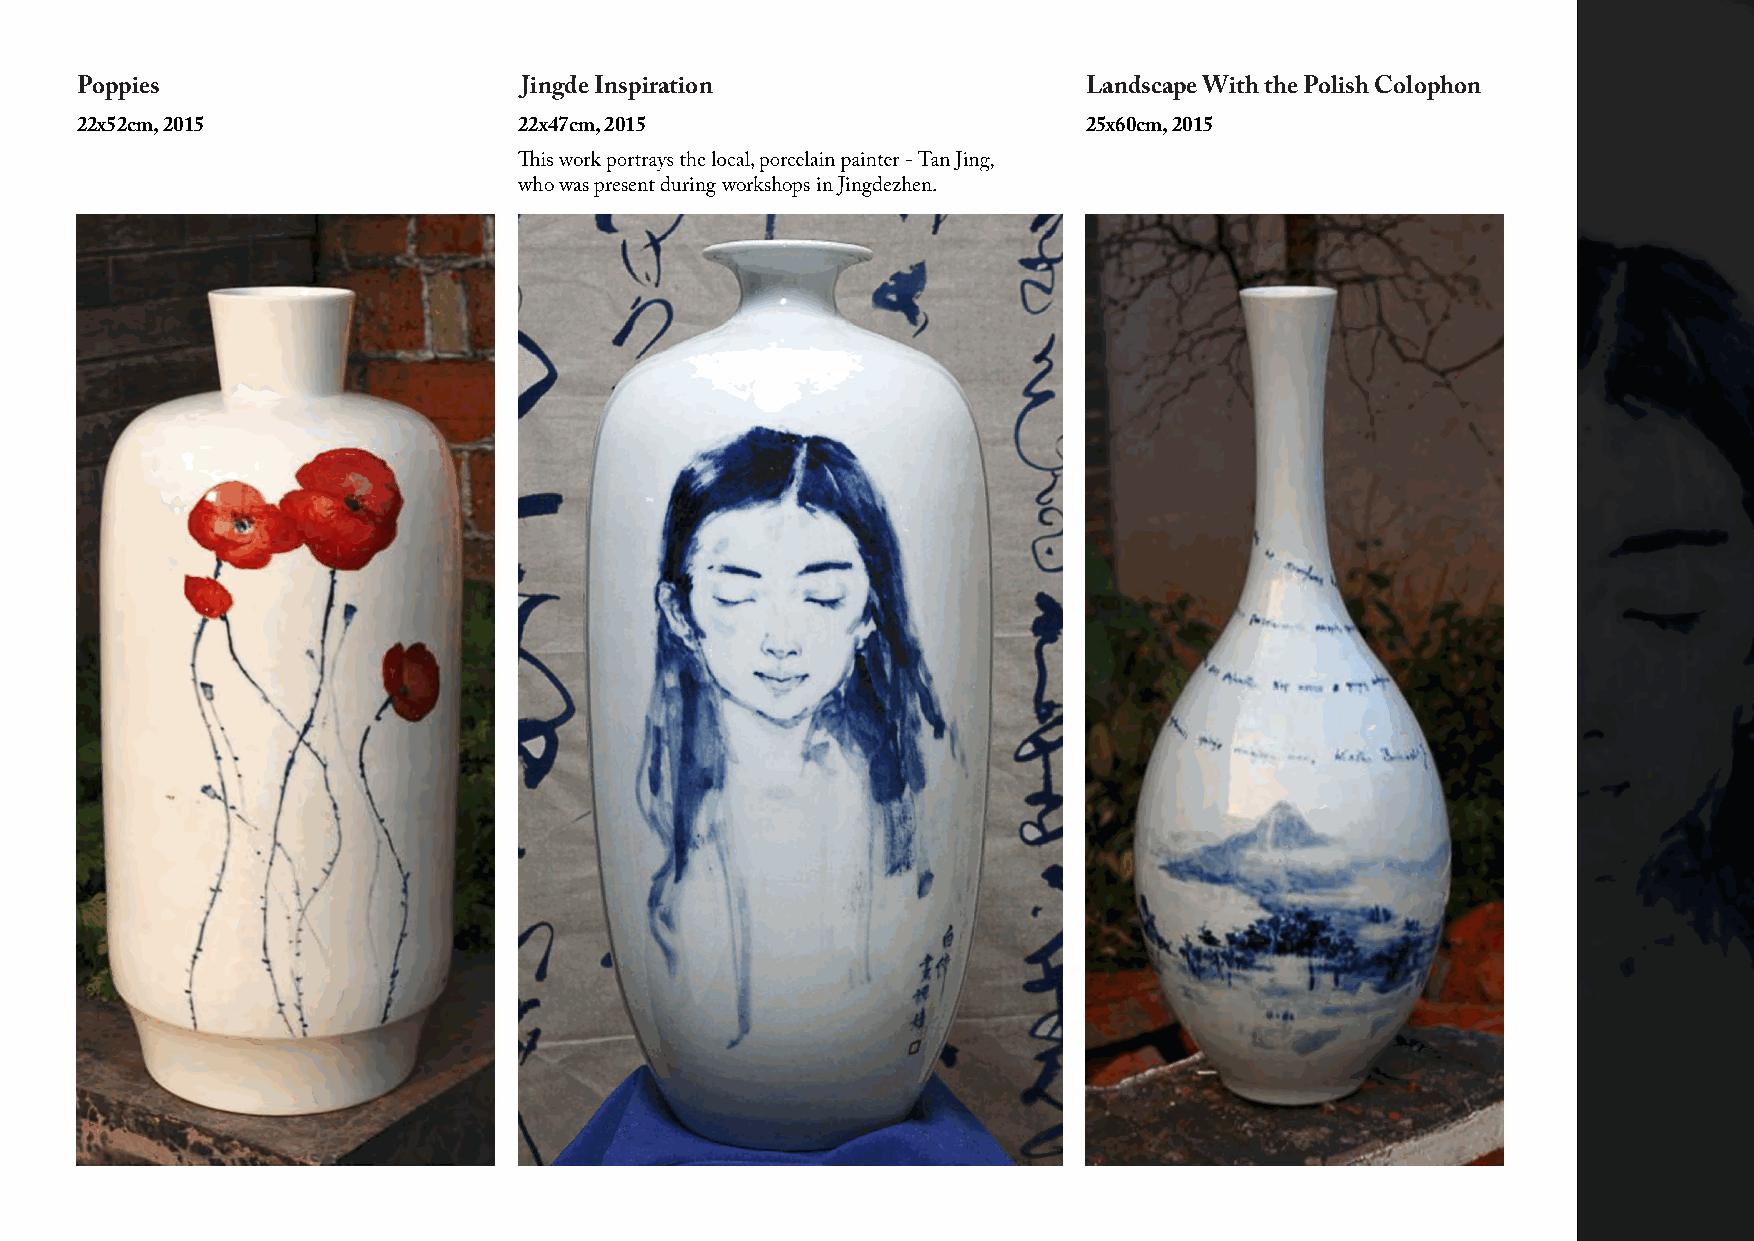
Poppies                      Jingde Inspiration                    Landscape With the Polish Colophon
 22x52cm, 2015                22x47cm, 2015                         25x60cm, 2015
 who was present during workshops in Jingdezhen.